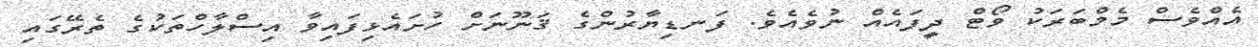
އެއްވެސް މެމްބަރަކު ވޯޓް ދީފައެއް ނުވެއެވެ. ފަނޑިޔާރުންގެ ޤަނޫނަށް ހުށައެޅިފައިވާ އިސްލާހްތަކުގެ ތެރޭގައި